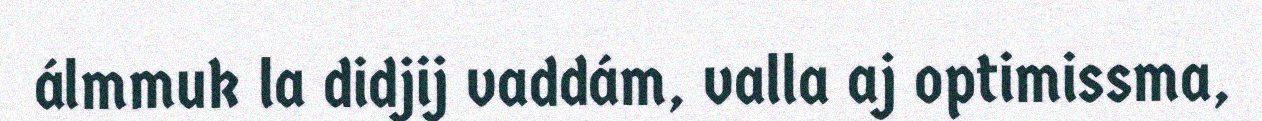
álmmuk la didjij vaddám, valla aj optimissma,